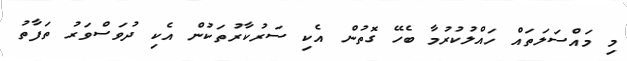
މި މައްސަލަތައް ހައްލުކުރުމާ ބެހޭ ގޮތުން އެކި ސަރުކާރުތަކުން އެކި ދުވަސްވަރު ތަފާތު